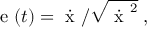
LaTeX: { \mathrm { \boldmath ~ e ~ } } ( t ) = \dot { { \mathrm { \boldmath ~ x ~ } } } / \sqrt { { \dot { { \mathrm { \boldmath ~ x ~ } } } } ^ { 2 } } \; ,